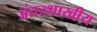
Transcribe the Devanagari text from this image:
अंतरशाखीय